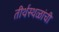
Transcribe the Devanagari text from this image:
तीर्थस्थळांची